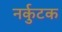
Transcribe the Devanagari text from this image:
नर्कुटक